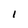
Character: 1